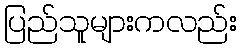
ပြည်သူများကလည်း